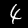
Label: 4